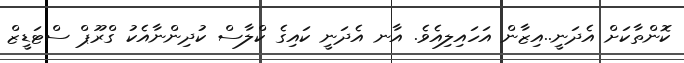
ކޮންތާކަށް އެދަނީ..އިޒާން އަހައިލިއެވެ. އާނ އެދަނީ ކައިގެ ކްލާސް ކުދިންނާއެކު ގްރޫޕް ސްޓަޑީޒް